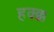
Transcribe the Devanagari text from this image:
हक्क्क